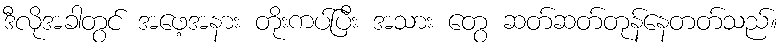
ဒီလိုအခါတွင် အဖေ့အနား တိုးကပ်ပြီး အသား တွေ ဆတ်ဆတ်တုန်နေတတ်သည်။